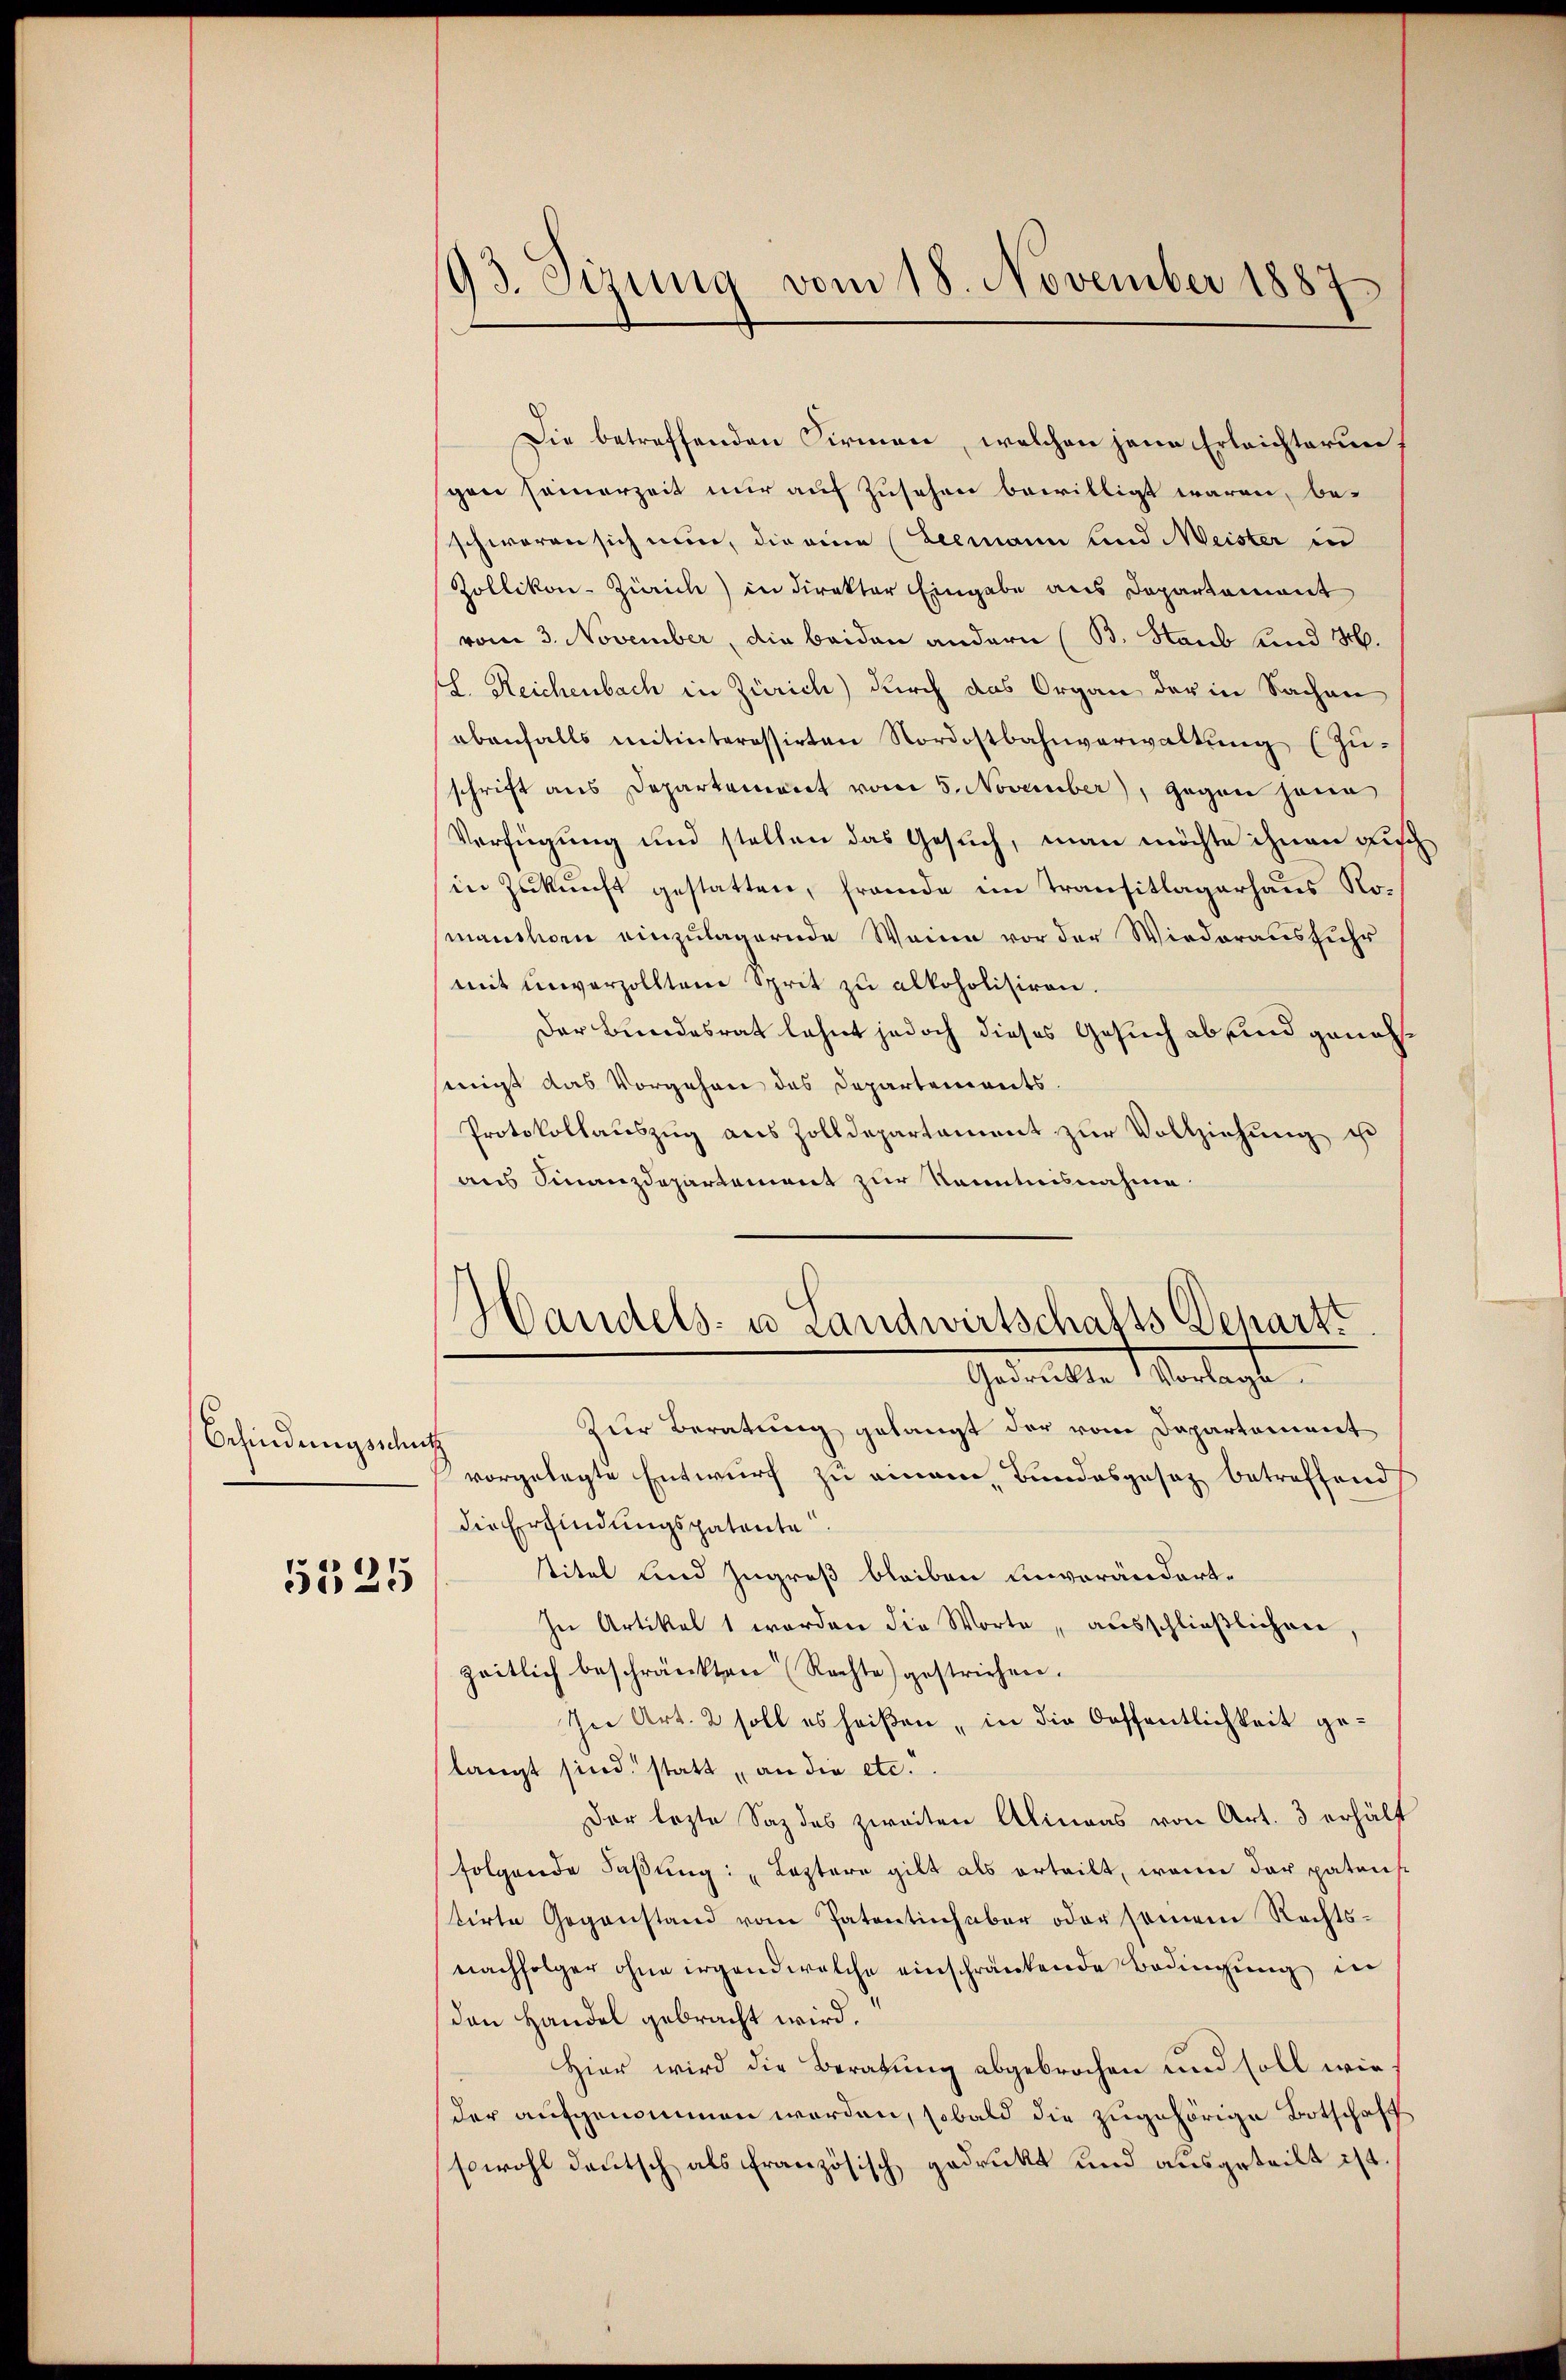
Befindungsschutz

5525

93. Sitzung vom 18. November 1887

Die betreffenden Firmen, welchen jene Erleichterungen sammerzeit mir auf Zusehen bewilligt waren, be-
schweren sich nun, die eine Leemann und Meister in
Zollikon-Zürich) in direktor Eingabe aus Departement
vom 3. November, die beiden andern (B. Staub und H.
l. Reichenbach in Zürich) durch das Organ der in Sachen
ebenfalls mitinteressirten Nordostbahnverwaltŭng (Zu-
schrift aus Departement vom 5. November), gegen hann
Verfügung und stellen das Gesuch, man möchte ihnen Fisch
in Zukunft gestatten, frande im Transitlagerhaus Nomanchen einzulagernde Weine vor der Wiederausfuhr
mit unverzollten Sprit zŭ alkoholisiren.
Der Bundesrat lehnt jedoch dieses Gesuch ab und genehsengt das Vorgehen des Departements.
Protokollauszug aus Zolldepartament zur Vollziehung ist
aus Finanzdepartement zur Kenntnisnahme
Handels- u Landwirtschafts Departt
Gedrückte Vorlage.
Zur Beratung gelangt der vom Departement
vorgelegte Entwurf zu einem Bundesgesetz betreffend
die Erfindungspatente
titel und Zugreß bleiben Einverändert¬
In Artikel 1 werden die Worte „ausschließlichen,
zeitlich beschränkten Rechte) gestrichen.
In Art. 2 soll es heißen „in die Oeffentlichkeit gelangt sind. statt an die etc.
Der lezte Saz das zweiten Alineas von Art. 3 erhält
folgende Faβŭng: „Leztere gilt als erteilt, wenn der patent
tirte Gegenstand vom Patentich aber oder seinem Rechtsnachfolger ohne irgend welche einschränkende Bedingung in
den Handel gebracht wird.
Hier wird die Beratung abgebrochen und soll wie
der aufgenommen worden, sobald die zugehörige Botschaft
sowohl deutsch als französisch gedrukt und ausgeteilt ist.